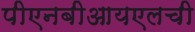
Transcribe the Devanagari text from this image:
पीएनबीआयएलची